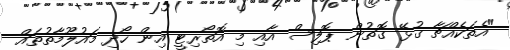
"އެތަކެއްޗާ ގުޅޭ ގޮތުން ޕޮލިސް އާއި މި އޮތޯރިޓީ އިން ހޯދި މައުލޫމާތުތައް